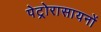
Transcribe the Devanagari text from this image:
पेट्रोरासायनों